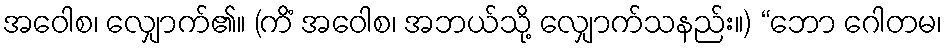
အဝေါစ၊ လျှောက်၏။ (ကိံ အဝေါစ၊ အဘယ်သို့ လျှောက်သနည်း။) “ဘော ဂေါတမ၊